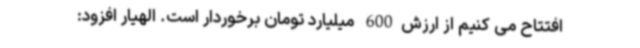
افتتاح می کنیم از ارزش600 میلیارد تومان برخوردار است. الهیار افزود: